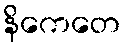
နိကေတေ